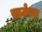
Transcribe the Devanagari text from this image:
साजेश्या